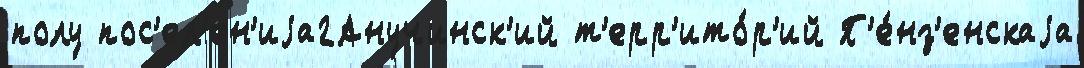
полу пос'ел'ен'иjа2Анучинск'ий т'ерр'ито́р'ий П'е́нз'енскаjа